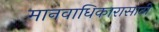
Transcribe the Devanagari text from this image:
मानवाधिकारासाठी